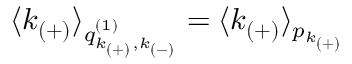
\langle k _ { ( + ) } \rangle _ { q _ { k _ { ( + ) } , k _ { ( - ) } } ^ { ( 1 ) } } = \langle k _ { ( + ) } \rangle _ { p _ { k _ { ( + ) } } }